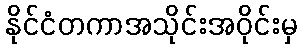
နိုင်ငံတကာအသိုင်းအဝိုင်းမှ